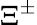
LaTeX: \Xi^{\pm}